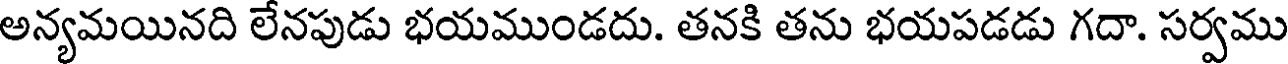
అన్యమయినది లేనపుడు భయముండదు. తనకి తను భయపడడు గదా. సర్వము